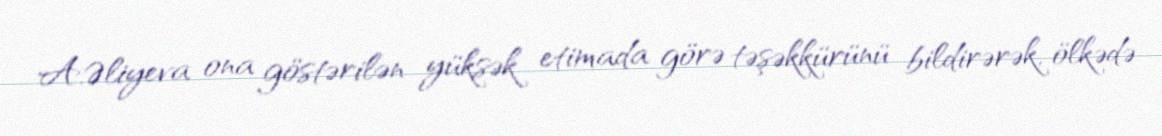
A.Əliyeva ona göstərilən yüksək etimada görə təşəkkürünü bildirərək, ölkədə